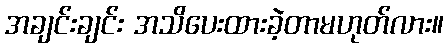
အချင်းချင်း အသိပေးထားခဲ့တာမဟုတ်လား။